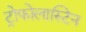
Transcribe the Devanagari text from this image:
ट्रोफोलास्टिन